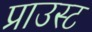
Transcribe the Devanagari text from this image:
प्राउस्ट